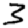
Digit: 3